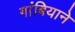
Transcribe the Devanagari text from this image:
गांबियाने